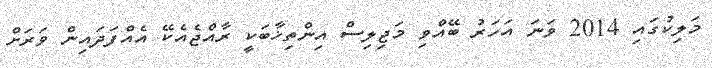
މަލިކުގައި 2014 ވަނަ އަހަރު ބޭއްވި މަޖިލިސް އިންތިޚާބަކީ ރާއްޖެއެކޭ އެއްފަދައިން ވަރަށް